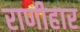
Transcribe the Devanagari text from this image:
राणीहार